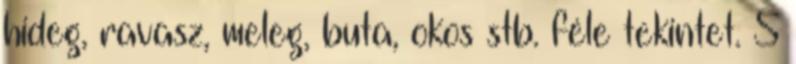
hideg, ravasz, meleg, buta, okos stb. féle tekintet. S